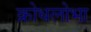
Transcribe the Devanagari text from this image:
क्रोधलोभा